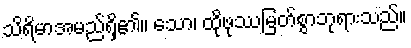
သိရိမာအမည်ရှိ၏။ သော၊ ထိုဖုဿမြတ်စွာဘုရားသည်။